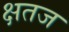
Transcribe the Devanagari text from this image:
क्षतज